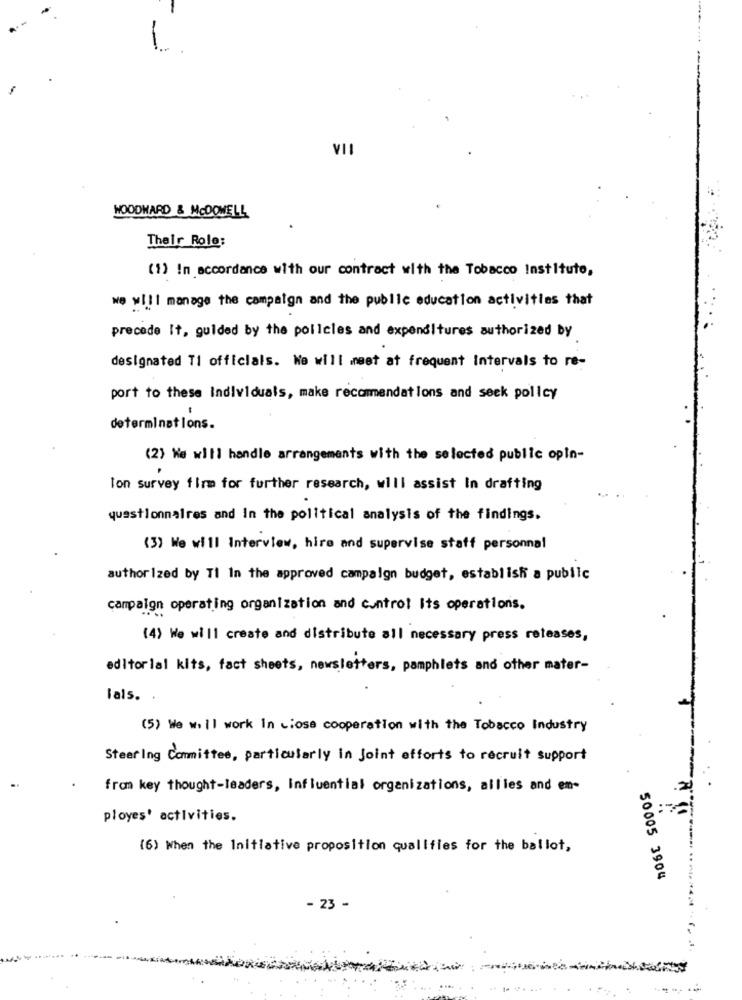
VII
WOODWARD & MCDOWELL
Their Role:
(1) In accordance with our contract with the Tobacco Instituto,
we will manage the campaign and the public education activities that
precede It, guided by the policies and expenditures authorized by
designated Ti officials. We will meet at frequent Intervals to re-
port to these Individuals, make recommendations and seek policy
determinations.
(2) We will handle arrangements with the selected public opin-
Ion survey firm for further research, will assist In drafting
questionnaires and In the political analysis of the findings.
(3) We will Interview, hire and supervise staff personnal
authorized by Ti In the approved campaign budget, establish a pubilc
campaign operating organization and control Its operations.
(4) We will create and distribute all necessary press releases,
editorial kits, fact sheets, newsletters, pamphlets and other mater-
Fals. .
(5) We w. Il work In close cooperation with the Tobacco Industry
Steering Committee, particularly in Joint efforts to recruit support
from key thought-leaders, Influential organizations, allies and em-
ployes' activities.
(6) When the Initiative proposition qualifies for the ballot,
50005 3904
- 23 -
....
- --